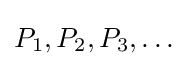
P_{1},P_{2},P_{3},\ldots